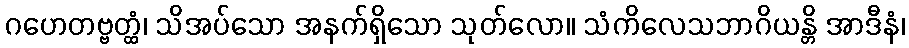
ဂဟေတဗ္ဗတ္ထံ၊ သိအပ်သော အနက်ရှိသော သုတ်လော။ သံကိလေသဘာဂိယန္တိ အာဒီနံ၊